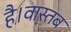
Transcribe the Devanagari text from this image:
है।वास्तब